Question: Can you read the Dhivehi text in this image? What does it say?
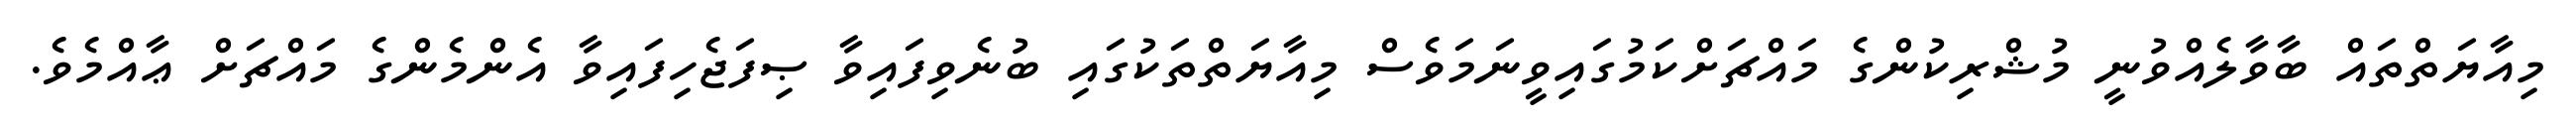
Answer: މިއާޔަތްތައް ބާވާލެއްވުނީ މުޝްރިކުންގެ މައްޗަށްކަމުގައިވީނަމަވެސް މިއާޔަތްތަކުގައި ބުނެވިފައިވާ ޞިފަޖެހިފައިވާ އެންމެންގެ މައްޗަށް ޢާއްމެވެ.